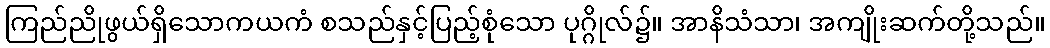
ကြည်ညိုဖွယ်ရှိသောကယကံ စသည်နှင့်ပြည့်စုံသော ပုဂ္ဂိုလ်၌။ အာနိသံသာ၊ အကျိုးဆက်တို့သည်။